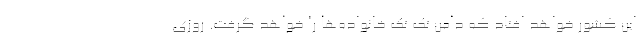
این کشور خواهد افتاد که دامن تک تک خانواده‌ها را خواهد گرفت. روزی